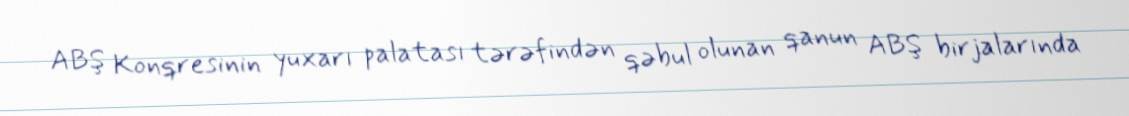
ABŞ Konqresinin yuxarı palatası tərəfindən qəbul olunan qanun ABŞ birjalarında